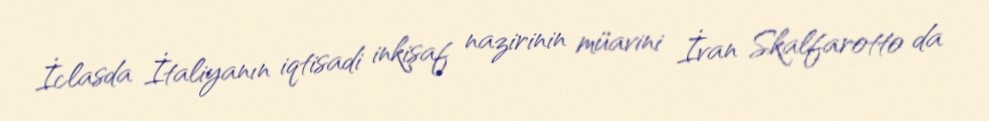
İclasda İtaliyanın iqtisadi inkişaf nazirinin müavini İvan Skalfarotto da